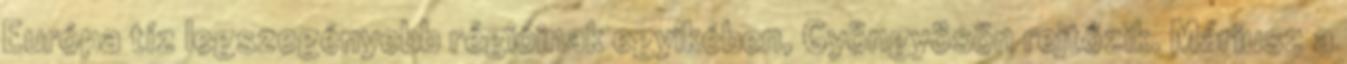
Európa tíz legszegényebb régióinak egyikében, Gyöngyösön rejtőzik. Máriusz a